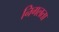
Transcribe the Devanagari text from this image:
निगलता